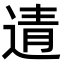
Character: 𨓽